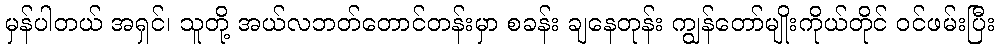
မှန်ပါတယ် အရှင်၊ သူတို့ အယ်လဘတ်တောင်တန်းမှာ စခန်း ချနေတုန်း ကျွန်တော်မျိုးကိုယ်တိုင် ဝင်ဖမ်းပြီး